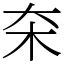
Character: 㚓